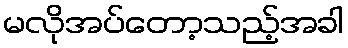
မလိုအပ်တော့သည့်အခါ